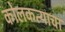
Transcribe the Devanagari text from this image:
कोलकत्याचा